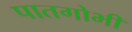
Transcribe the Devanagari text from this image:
पातगोभी